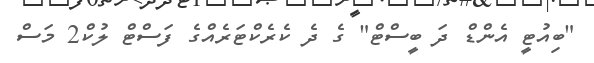
"ބިއުޓީ އެންޑް ދަ ބީސްޓް" ގެ ދެ ކެރެކްޓަރެއްގެ ފަސްޓް ލުކް2 މަސް